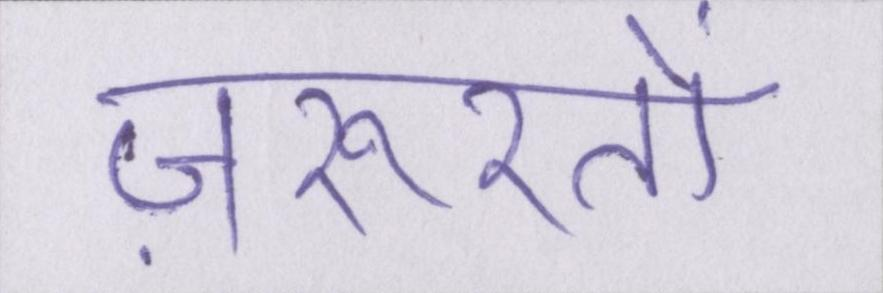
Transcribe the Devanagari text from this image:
ज़रूरतों